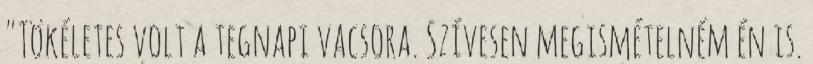
"Tökéletes volt a tegnapi vacsora. Szívesen megismételném én is.